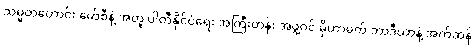
သမ္မတဟောင်း မော်စီနဲ့ အတူ ပါတီနိုင်ငံရေး အကြီးတန်း အဖွဲ့ဝင် မိုဟာမက် ဘာဒီယာနဲ့ အက်ဆန်